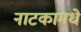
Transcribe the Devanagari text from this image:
नाटकामधे